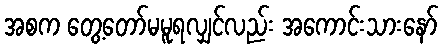
အစက တွေ့တော်မမူရလျှင်လည်း အကောင်းသားနော်